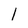
Character: l